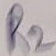
Text: R2